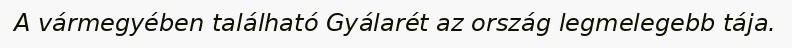
A vármegyében található Gyálarét az ország legmelegebb tája.